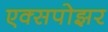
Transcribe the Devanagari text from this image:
एक्सपोझर